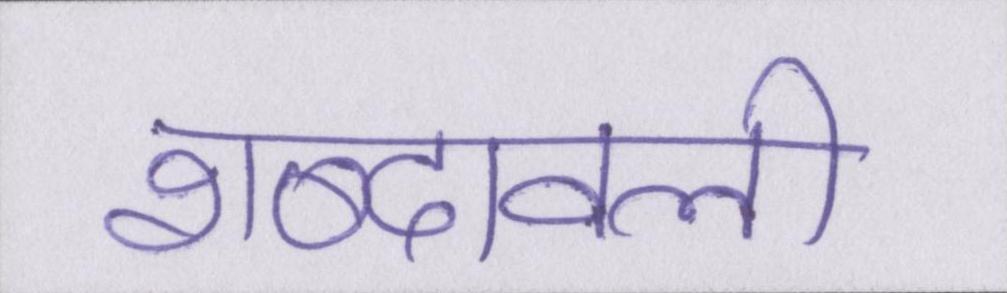
शब्दावली